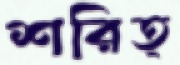
শরিত্